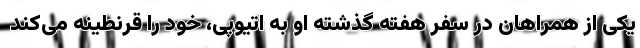
یکی از همراهان در سفر هفته گذشته او به اتیوپی، خود را قرنطینه می‌کند